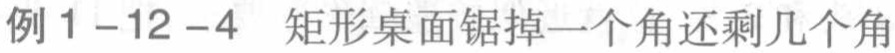
例1-12-4 矩形桌面锯掉一个角还剩几个角